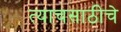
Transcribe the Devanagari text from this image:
त्याचसाठीचे